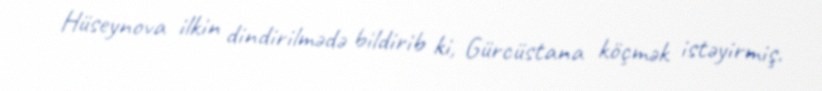
Hüseynova ilkin dindirilmədə bildirib ki, Gürcüstana köçmək istəyirmiş.